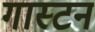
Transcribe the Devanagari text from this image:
गास्टन